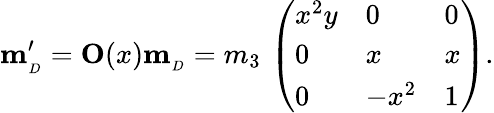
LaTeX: {\mathbf m_{_D}^{\prime}}={\mathbf O}(x){\mathbf m_{_D}}=m_{3}\, \left(\begin{array}{lll}{{x^{2}y}}&{{0}}&{{0}}\\ {{0}}&{{x}}&{{x}}\\ {{0}}&{{-x^{2}}}&{{1}}\end{array}\right).